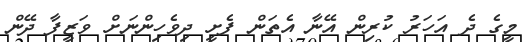
މީގެ ދެ އަހަރު ކުރިން އޭނާ އެތަން ފެށީ ދިވެހިންނަށް ވަޒީފާ ދޭން